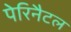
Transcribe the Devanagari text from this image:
पेरिनैटल